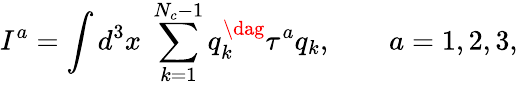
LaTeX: I^{a}=\int d^{3}x\; \sum_{k=1}^{N_{c}-1}q_{k}^{\dag}\tau^{a}q_{k},\qquad a=1,2,3,